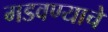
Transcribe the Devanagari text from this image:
मडवण्याचे